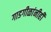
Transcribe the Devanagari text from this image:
गाडगीळांनीही